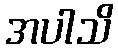
အပါသိ